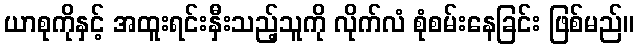
ယာစုကိုနှင့် အထူးရင်းနှီးသည့်သူကို လိုက်လံ စုံစမ်းနေခြင်း ဖြစ်မည်။